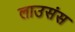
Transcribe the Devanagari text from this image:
लाउसंस